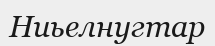
Ниьелнугтар